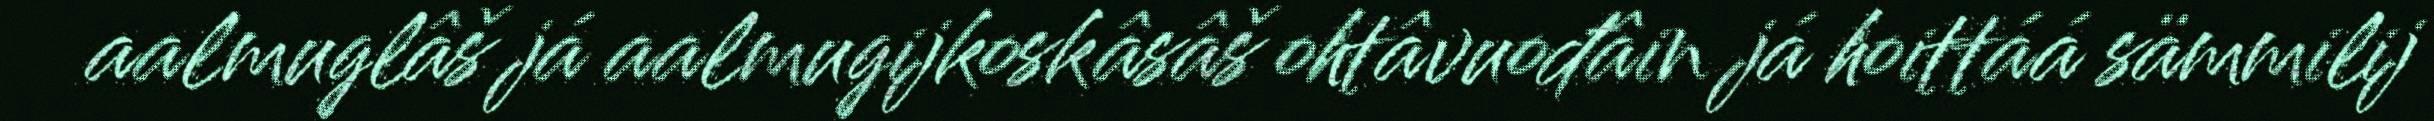
aalmuglâš já aalmugijkoskâsâš ohtâvuođâin já hoittáá sämmilij